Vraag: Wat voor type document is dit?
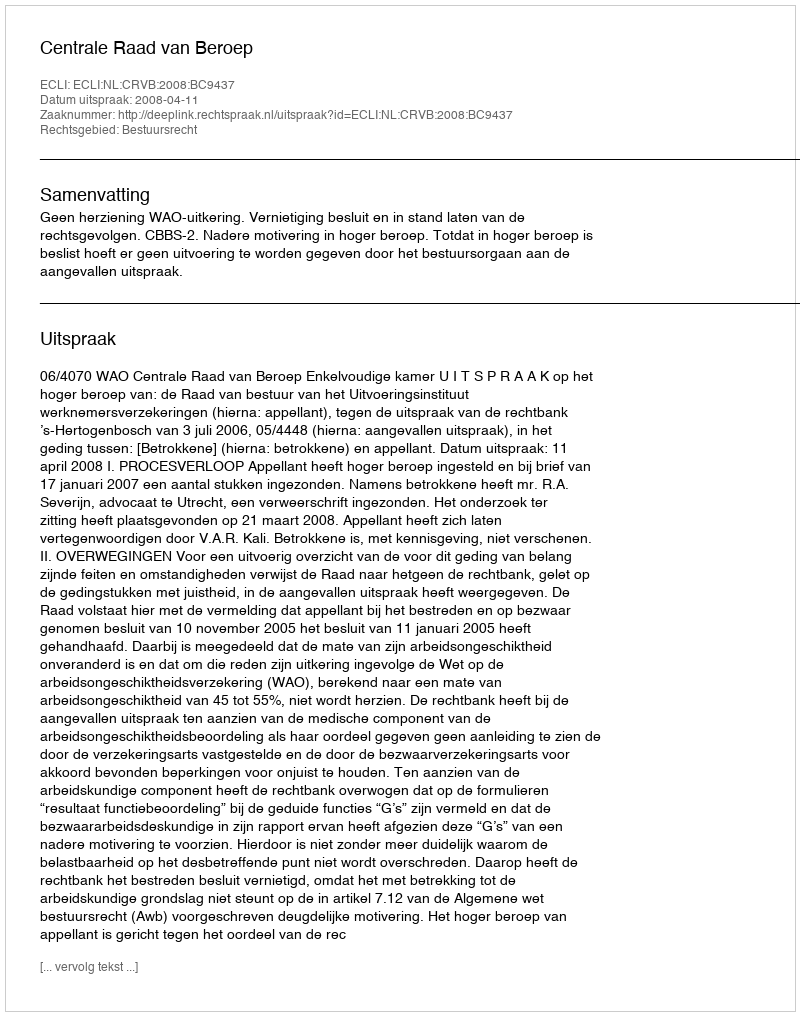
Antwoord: Uitspraak